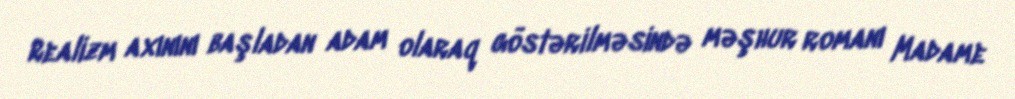
Realizm axınını başladan adam olaraq göstərilməsində məşhur romanı Madame